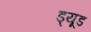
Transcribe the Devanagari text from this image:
ड्यूड